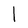
Character: l